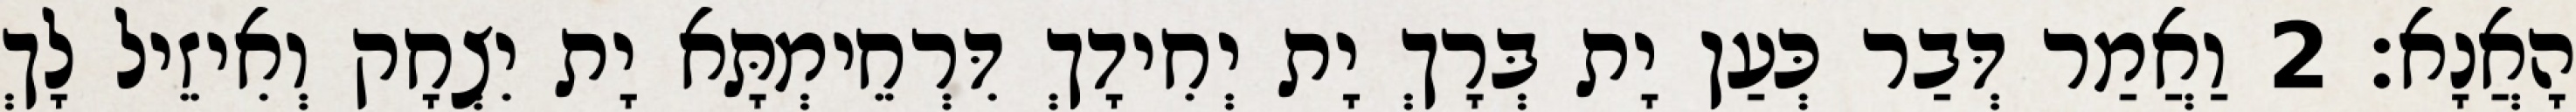
הָאֲנָא׃ 2 וַאֲמַר דְּבַר כְּעַן יָת בְּרָךְ יָת יְחִידָךְ דִּרְחֵימְתָּא יָת יִצְחָק וְאִיזֵיל לָךְ